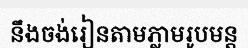
នឹងចង់រៀនតាមភ្លាមរូបមន្ត